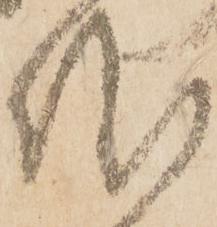
謹